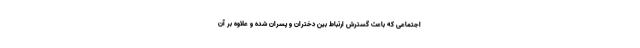
اجتماعی که باعث گسترش ارتباط بین دختران و پسران شده و علاوه بر آن